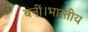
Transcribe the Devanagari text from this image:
बनीं।भारतीय